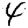
Digit: 4